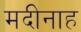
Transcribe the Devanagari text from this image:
मदीनाह